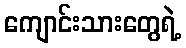
ကျောင်းသားတွေရဲ့